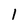
Character: l